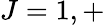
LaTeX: J=1,+